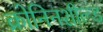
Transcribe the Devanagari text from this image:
क्रोनिनशील्ड